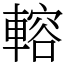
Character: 䡥